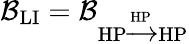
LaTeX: \mathcal{B}_{\textrm{LI}}=\mathcal{B}_{\textrm{HP}\xrightarrow{\textrm{HP}}\textrm{HP}}